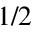
1 / 2